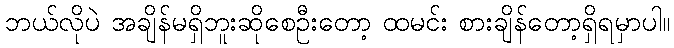
ဘယ်လိုပဲ အချိန်မရှိဘူးဆိုစေဦးတော့ ထမင်း စားချိန်တော့ရှိရမှာပါ။